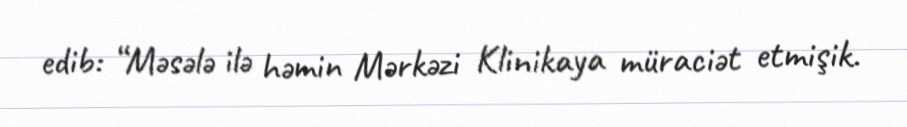
edib: “Məsələ ilə həmin Mərkəzi Klinikaya müraciət etmişik.